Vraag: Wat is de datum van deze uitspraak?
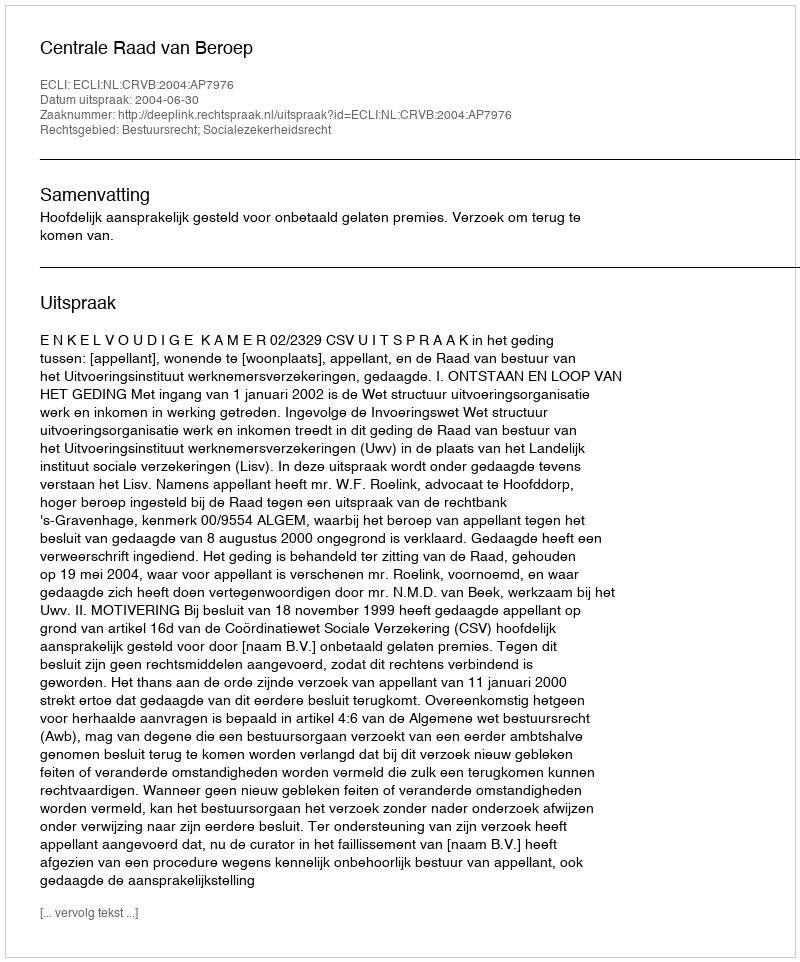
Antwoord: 2004-06-30